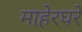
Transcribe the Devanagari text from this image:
माहेरघरे